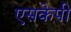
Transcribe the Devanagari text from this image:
एसकेपी